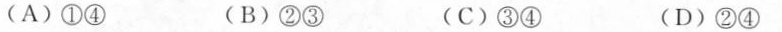
(A)①④ (B)②③ (C)③④ (D)②④